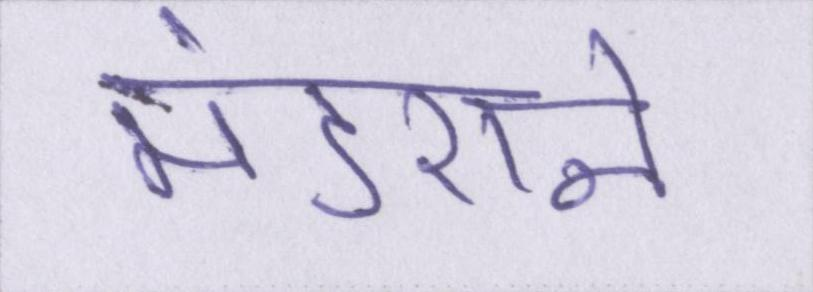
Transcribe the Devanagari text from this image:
मंडराने